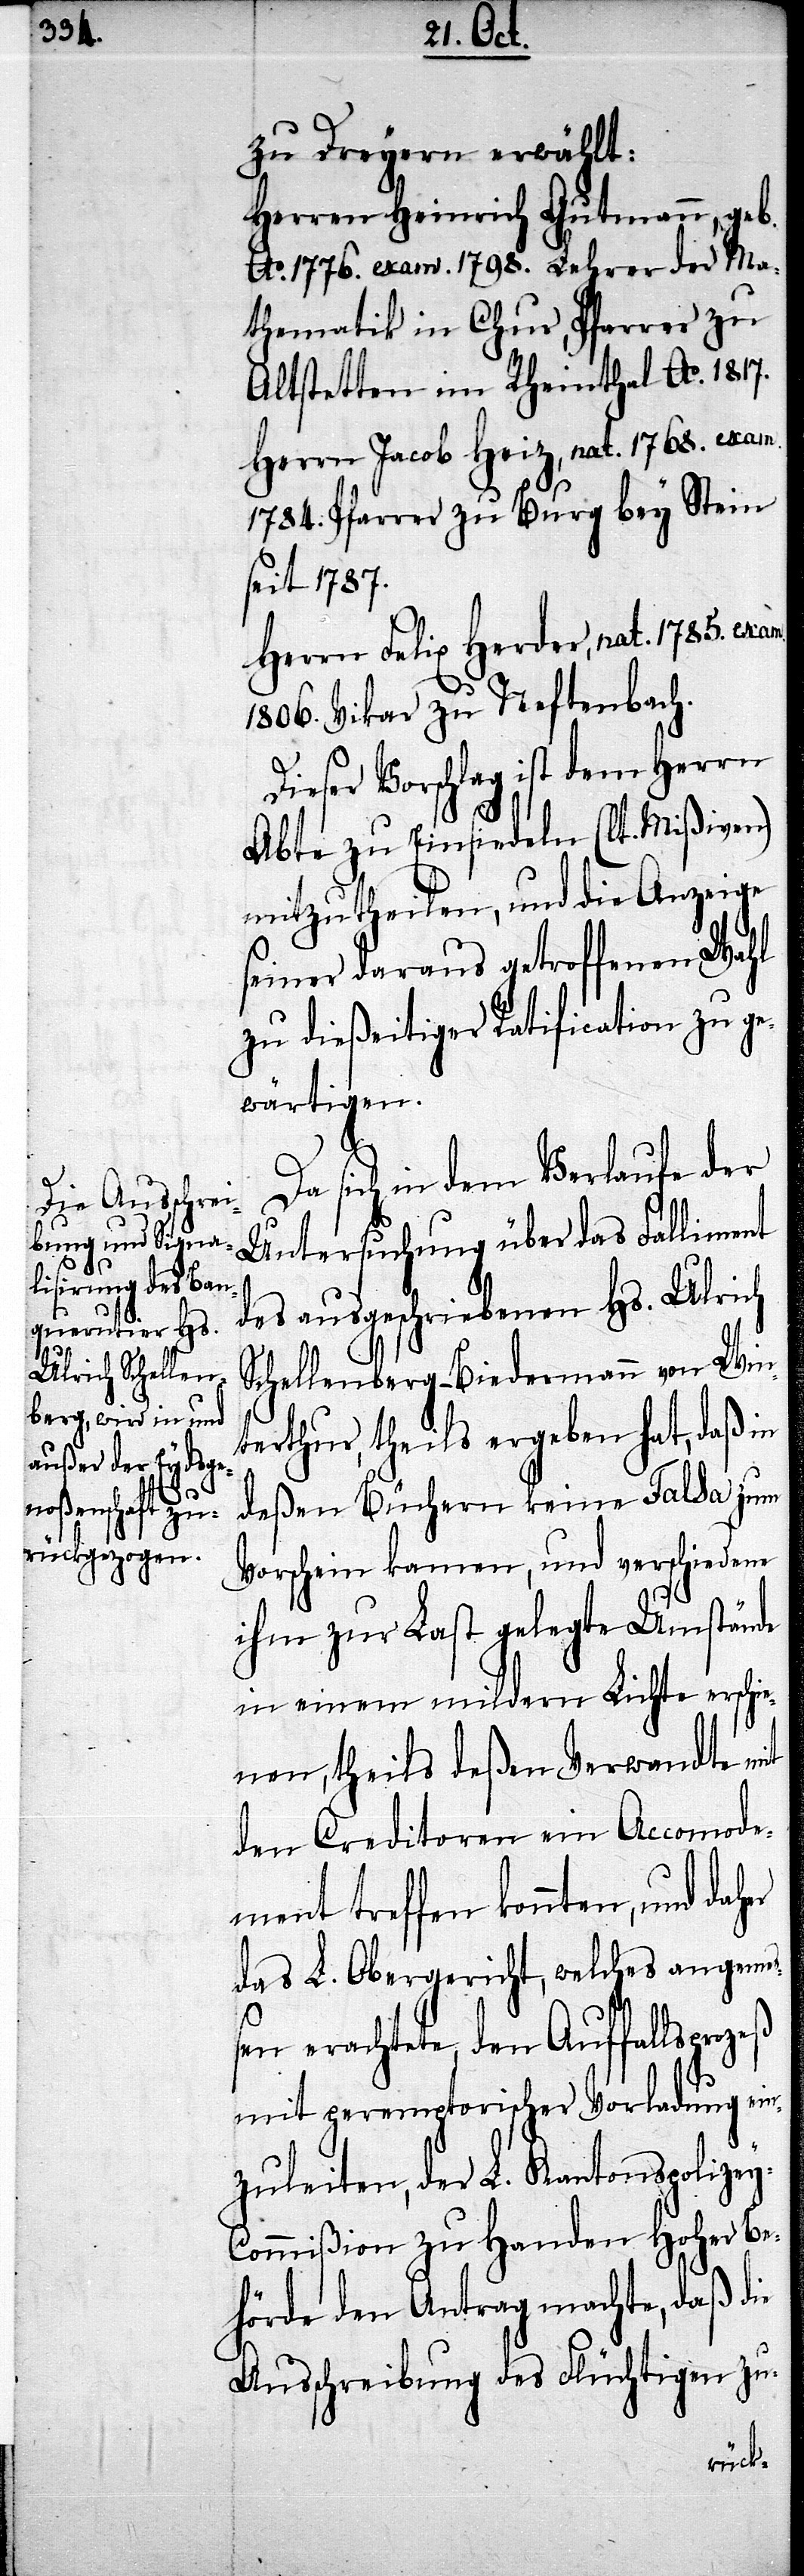
zu Dreyern erwählt:
Herren Heinrich Gutmann, geb.
Ao. 1776. exam. 1798. Lehrer der Ma¬
thematik in Chur, Pfarrer zu
Altstetten im Rheinthal Ao. 1817.
Herrn Jacob Heiz, nat. 1768. exam.
1784. Pfarrer zu Burg bey Stein
seit 1787.
Herrn Felix Herder, nat. 1785. exam.
1806. Vikar zu Neftenbach.
Dieser Vorschlag ist dem Herrn
Abte zu Einsiedeln (lt. Mißiven)
mitzutheilen, und die Anzeige
seiner daraus getroffenen Wahl
zu dießeitiger Ratification zu ge¬
wärtigen.
Da sich in dem Verlaufe der
Untersuchung über das Falliment
des ausgeschriebenen Hs. Ulrich
Schellenberg-Biedermann von Win¬
terthur, theils ergeben hat, daß in
deßen Büchern keine Falsa zum
Vorschein kamen, und verschiedene
ihm zur Last gelegte Umstände
in einem mildern Lichte erschi¬
enen, theils deßen Verwandte mit
den Creditoren ein Accomode¬
ment treffen konnten, und daher
das L. Obergericht, welches angemeß¬
en erachtete, den Auffallsprozeß
mit peremptorischer Vorladung ein¬
zuleiten, der L. Kantonspolize¬
y-Commißion zu Handen hoher Be¬
hörde den Antrag machte, daß die
Ausschreibung des Flüchtigen zu-